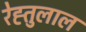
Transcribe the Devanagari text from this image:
रेह्तुलाल